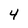
Character: 4